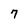
Character: 7